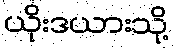
ယိုးဒယားသို့